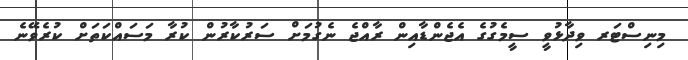
މިނިސްޓަރ ވިދާޅުވީ ސީމެގުގެ އެޖެންޑާއިން ރާއްޖެ ނެގުމަށް ސަރުކާރުން ކުރާ މަސައްކަތަށް ކުރެވޭނެ